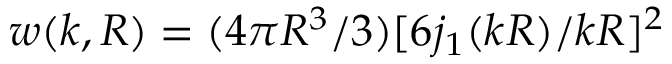
w ( k , R ) = ( 4 \pi R ^ { 3 } / 3 ) [ 6 j _ { 1 } ( k R ) / k R ] ^ { 2 }